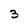
Character: 3